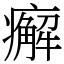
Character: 㿍